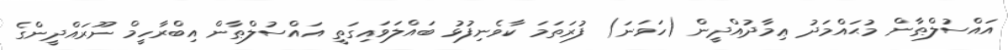
އައްސުލްޠާން މުޙައްމަދު ޢިމާދުއްދީން (ހަވަނަ) ފުރަތަމަ ކާވެނިފުޅު ބައްލަވައިގަތީ އައްސުލްޠާން އިބްރާހީމް ނޫރައްދީންގެ